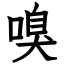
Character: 嗅